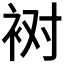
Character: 𰳸